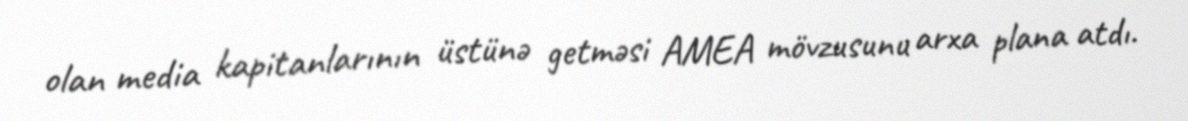
olan media kapitanlarının üstünə getməsi AMEA mövzusunu arxa plana atdı.